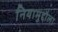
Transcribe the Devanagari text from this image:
नियामुद्दौला